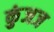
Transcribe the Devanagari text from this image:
कुंजज